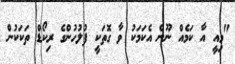
"މިއީ އާ ކަމެއް ނޫން އެކަމަކު ވާ ގޮތަކީ ފުލުހުންގެ ރިކޯޑް ތަކަކުން